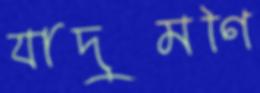
যাদুমণি